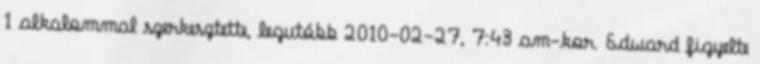
1 alkalommal szerkesztette, legutóbb 2010-02-27, 7:43 am-kor. Edward figyelte